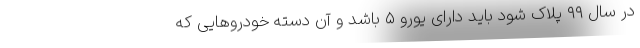
در سال ۹۹ پلاک شود باید دارای یورو ۵ باشد و آن دسته خودرو‌هایی که